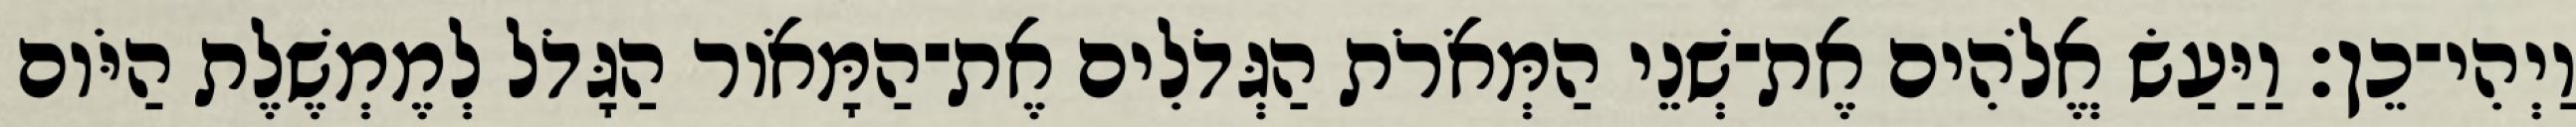
וַיְהִי־כֵן׃ וַיַּעַשׂ אֱלֹהִים אֶת־שְׁנֵי הַמְּאֹרֹת הַגְּדֹלִים אֶת־הַמָּאֹור הַגָּדֹל לְמֶמְשֶׁלֶת הַיֹּום